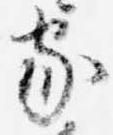
家